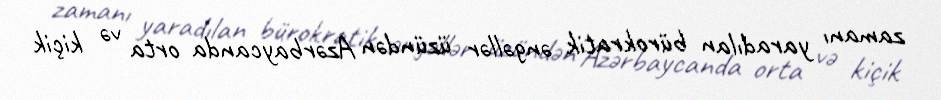
zamanı yaradılan bürokratik əngəllər üzündən Azərbaycanda orta və kiçik